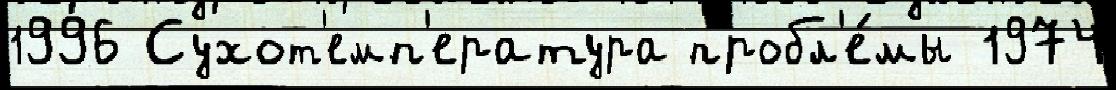
1996 Сухот'емп'ература пробл'е́мы 1974